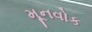
મૂનવોક